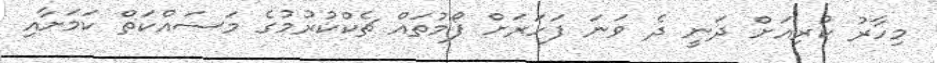
މިހާރު ކުރިއަށް ދަނީ ދެ ވަނަ ފަހަރަށް ފޯމުތައް ޗެކްކުރުމުގެ މަސައްކަތް ކަމަށާއި